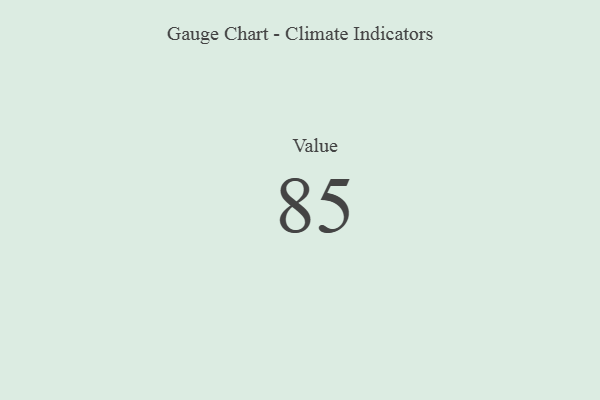
{"axis": {"x": "Metric", "y": "Value"}, "legend": [""], "data": [{"x": "Value", "y": 85, "type": ""}]}